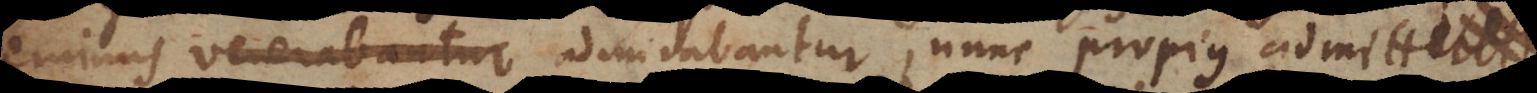
eminus venerabantur admirabantur, nunc propius admit